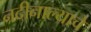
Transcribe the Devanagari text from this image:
नदीनाल्याचे